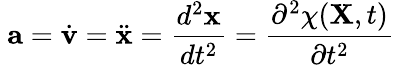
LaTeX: \ \mathbf{a}={\dot{\mathbf{v}}}={\ddot{\mathbf{x}}}={\frac{d^{2}\mathbf{x}}{dt^{2}}}={\frac{\partial^{2}\chi(\mathbf{X},t)}{\partial t^{2}}}